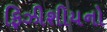
ફિઝીશીયનો